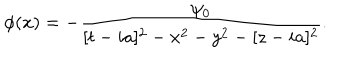
\phi ( x ) = - { \frac { \psi _ { 0 } } { [ t - i a ] ^ { 2 } - x ^ { 2 } - y ^ { 2 } - [ z - i a ] ^ { 2 } } } .